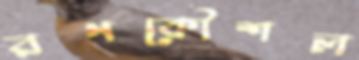
রণকৌশল